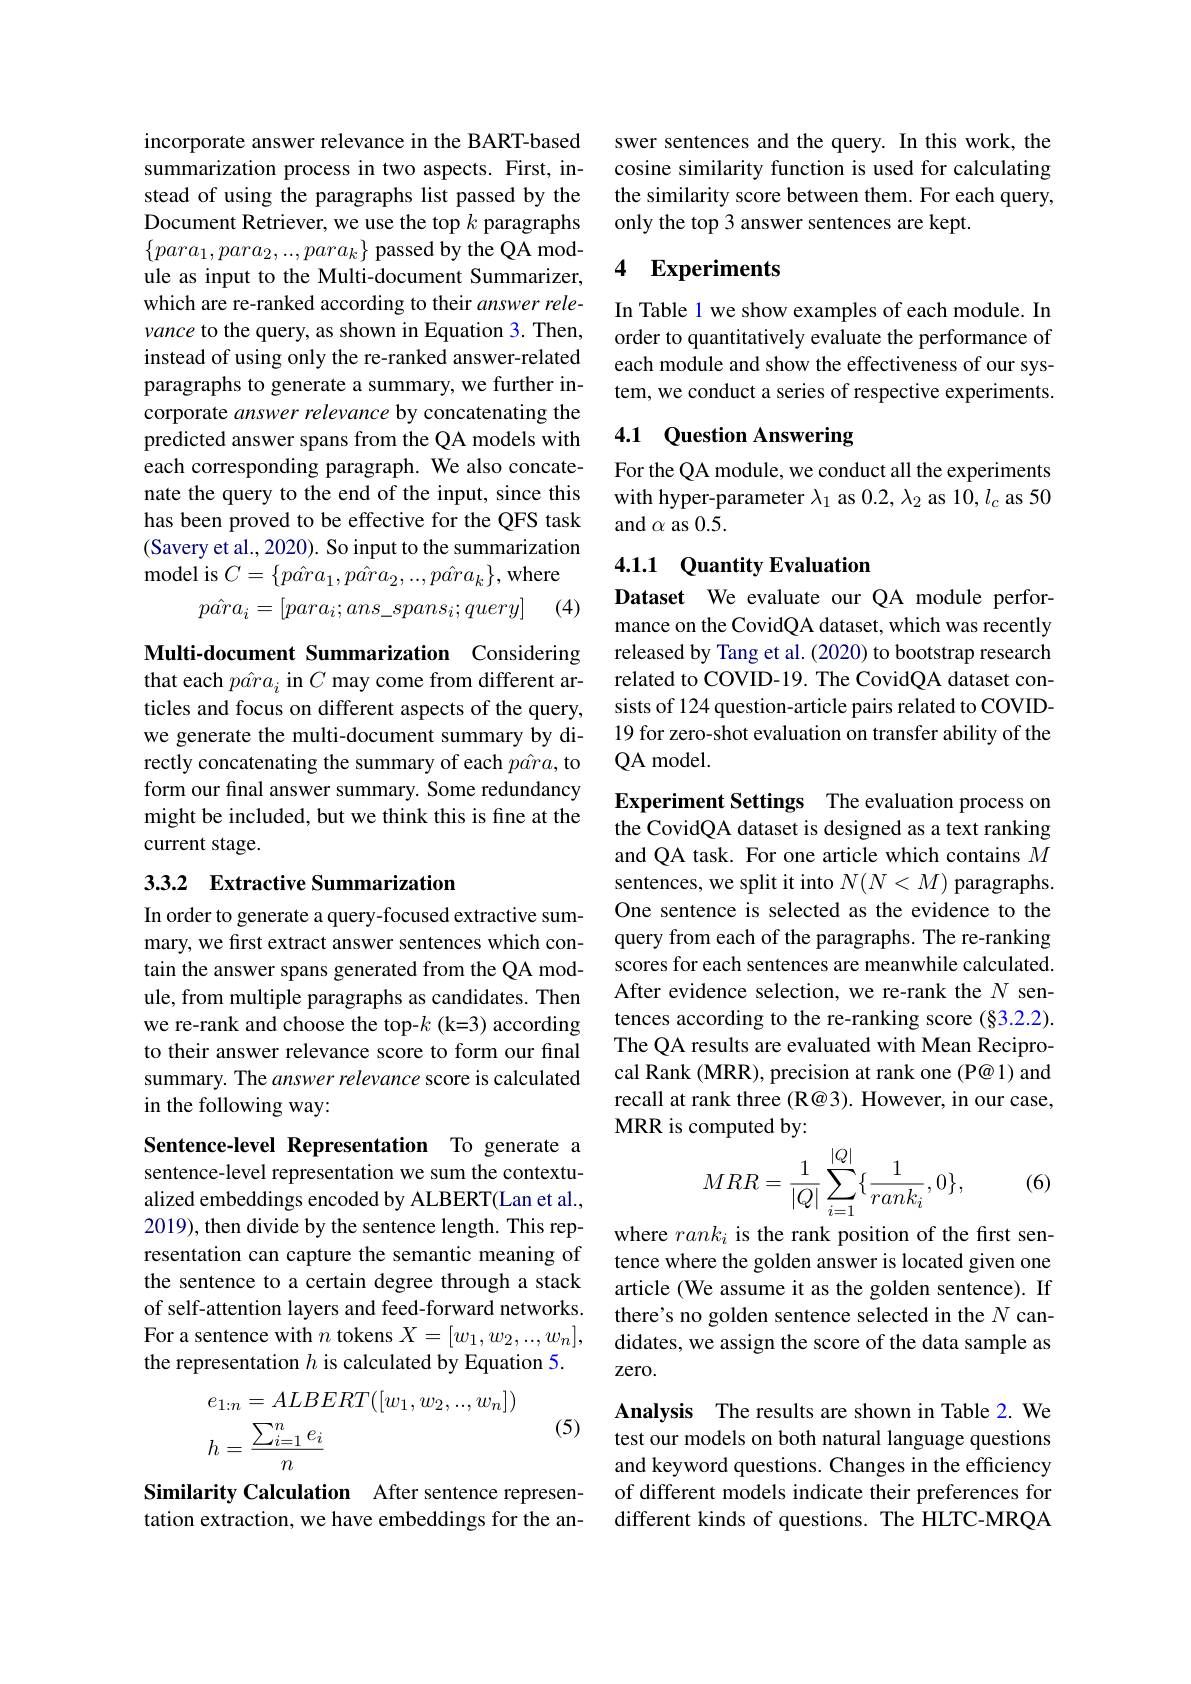
incorporate answer relevance in the BART-based summarization process in two aspects. First, instead of using the paragraphs list passed by the Document Retriever, we use the top $k$ paragraphs $\{para_1,para_2,...,para_k\}$ passed by the QA module as input to the Multi-document Summarizer, which are re-ranked according to their answer relevance to the query, as shown in Equation 3. Then, instead of using only the re-ranked answer-related paragraphs to generate a summary, we further incorporate answer relevance by concatenating the predicted answer spans from the QA models with each corresponding paragraph. We also concatenate the query to the end of the input, since this has been proved to be effective for the QFS task (Savery et al., 2020). So input to the summarization ${\mathrm{model~is~}}C=\{p\hat{ar}a_{1},p\hat{ar}a_{2},...,p\hat{ar}a_{k}\}$,where
(4)
$$p\hat{ar}a_{i}=[para_{i};ans_spans_{i};query]$$
Multi-document Summarization Considering that each $p\hat{ar}a_i$ in $C$ may come from different articles and focus on different aspects of the query, we generate the multi-document summary by directly concatenating the summary of each $p\hat{ar}a$, to form our final answer summary. Some redundancy might be included, but we think this is fine at the current stage.

## 3.3.2 Extractive Summarization

In order to generate a query-focused extractive summary, we first extract answer sentences which contain the answer spans generated from the QA module, from multiple paragraphs as candidates. Then we re-rank and choose the top-$k$ (k=3) according to their answer relevance score to form our final summary. The answer relevance score is calculated in the following way:

Sentence-level Representation To generate a sentence-level representation we sum the contextualized embeddings encoded by ALBERT(Lan et al., 2019), then divide by the sentence length. This representation can capture the semantic meaning of the sentence to a certain degree through a stack of self-attention layers and feed-forward networks. For a sentence with $n$ tokens $X=[w_1,w_2,...,w_n]$, the representation $h$ is calculated by Equation 5.
$$\begin{aligned}e_{1:n}&=ALBERT([w_1,w_2,..,w_n])\\h&=\frac{\sum_{i=1}^ne_i}{n}\end{aligned}$$
(5)

Similarity Calculation After sentence representation extraction, we have embeddings for the an-

swer sentences and the query. In this work, the cosine similarity function is used for calculating the similarity score between them. For each query, only the top 3 answer sentences are kept.

## 4 Experiments

In Table 1 we show examples of each module. In order to quantitatively evaluate the performance of each module and show the effectiveness of our system, we conduct a series of respective experiments.

## 4.1 Question Answering

For the QA module, we conduct all the experiments with hyper-parameter $\lambda_1$ as 0.2, $\lambda_2$ as 10, $l_c$ as 50 and $\alpha$ as 0.5.

## 4.1.1 Quantity Evaluation

Dataset We evaluate our QA module performance on the CovidQA dataset, which was recently released by Tang et al. (2020) to bootstrap research related to COVID-19. The CovidQA dataset consists of 124 question-article pairs related to COVID- 19 for zero-shot evaluation on transfer ability of the QA model.

Experiment Settings The evaluation process on the CovidQA dataset is designed as a text ranking and QA task. For one article which contains $M$ sentences, we split it into $N(N<M)$ paragraphs. One sentence is selected as the evidence to the query from each of the paragraphs. The re-ranking scores for each sentences are meanwhile calculated. After evidence selection, we re-rank the $N$ sentences according to the re-ranking score $(\S3.2.2).$ The QA results are evaluated with Mean Reciprocal Rank (MRR), precision at rank one (P@ 1) and recall at rank three $(\mathbb{R}@3).$ However, in our case, MRR is computed by:
$$MRR=\frac1{|Q|}\sum_{i=1}^{|Q|}\{\frac1{rank_i},0\},$$
(6)

where $rank_i$ is the rank position of the first sentence where the golden answer is located given one article (We assume it as the golden sentence). If there's no golden sentence selected in the $N$ candidates, we assign the score of the data sample as zero.
Analysis The results are shown in Table 2. We test our models on both natural language questions and keyword questions. Changes in the efficiency of different models indicate their preferences for different kinds of questions. The HLTC-MRQA